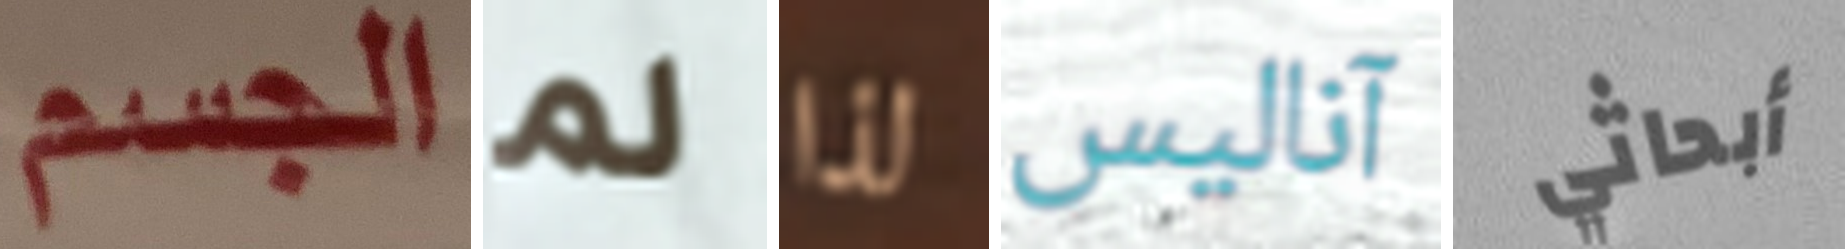
الجسم لم لذا آناليس أبحاثي